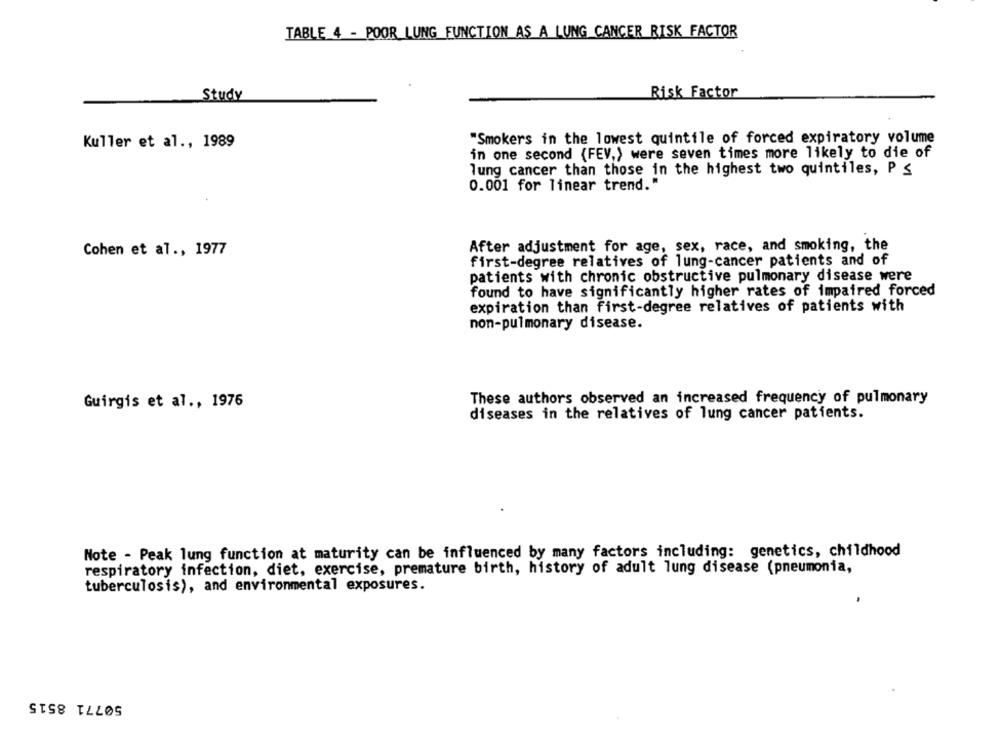
TABLE 4 - POOR LUNG FUNCTION AS A LUNG CANCER RISK FACTOR
Study
Risk Factor
"Smokers in the lowest quintile of forced expiratory volume
Kuller et al ., 1989
in one second (FEV,) were seven times more likely to die of
lung cancer than those in the highest two quintiles, P ≤
0.001 for linear trend."
Cohen et al ., 1977
After adjustment for age, sex, race, and smoking, the
first-degree relatives of lung-cancer patients and of
patients with chronic obstructive pulmonary disease were
found to have significantly higher rates of impaired forced
expiration than first-degree relatives of patients with
non-pulmonary disease.
These authors observed an increased frequency of pulmonary
Guirgis et al ., 1976
diseases in the relatives of lung cancer patients.
Note - Peak lung function at maturity can be influenced by many factors including: genetics, childhood
respiratory infection, diet, exercise, premature birth, history of adult lung disease (pneumonia,
tuberculosis), and environmental exposures.
50771 8515